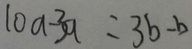
1 0 a - 3 a = 3 b - b